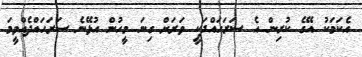
އެކަމަކު އޭގެ ކުރިން އެ ސަރަހައްދަކީ ވަރަށް ގިނަ މީހުން އުޅޭނެ ސަރަހައްދެއްވީމަ